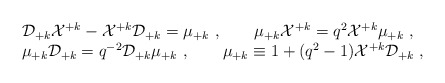
\begin{align*}\begin{array}{l}{\cal D}_{+k}{\cal X}^{+k}-{\cal X}^{+k}{\cal D}_{+k}=\mu_{+k}~,~~~~~~\mu_{+k} {\cal X}^{+k}=q^2{\cal X}^{+k}\mu_{+k}~,\\\mu_{+k}{\cal D}_{+k}=q^{-2}{\cal D}_{+k}\mu_{+k}~,~~~~~~\mu_{+k}\equiv1+(q^2-1){\cal X}^{+k}{\cal D}_{+k}~,\end{array}\end{align*}